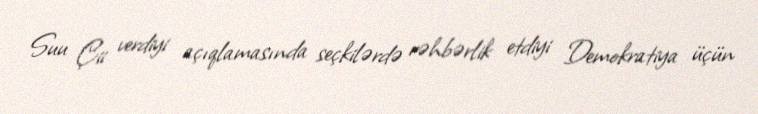
Suu Çii verdiyi açıqlamasında seçkilərdə rəhbərlik etdiyi Demokratiya üçün